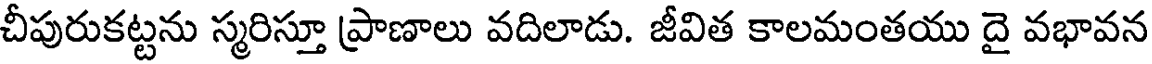
చీపురుకట్టను స్మరిస్తూ ప్రాణాలు వదిలాడు. జీవిత కాలమంతయు దై వభావన